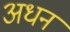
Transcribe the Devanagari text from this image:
अधन